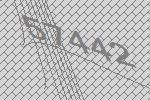
57442